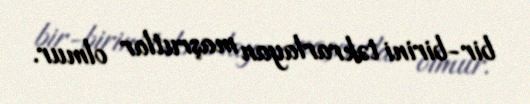
bir-birini təkrarlayan maşrutlar olmur.